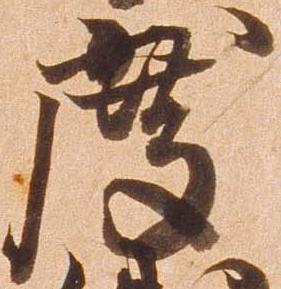
度